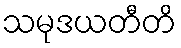
သမုဒယတီတိ